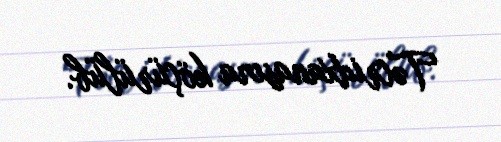
Təcridxanasına köçürülüb.